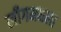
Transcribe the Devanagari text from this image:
लीगमधला